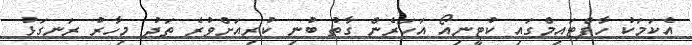
އެކަމަކު ހާފްޓައިމްގައި ކުޓީނިއޯ އަހަރެން ގާތު ބުނި ކުރިއަށްވުރެ ތަދު މިހާރު ރަނގަޅު